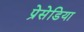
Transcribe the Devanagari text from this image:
प्रेसेडिया